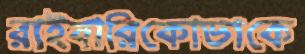
রাইবারিকোভাকে